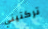
تركتيني